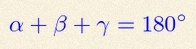
\alpha+\beta+\gamma=180^\circ